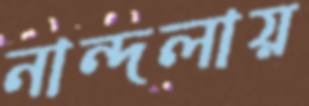
নান্দলায়